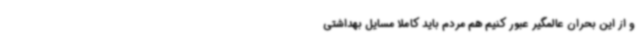
و از این بحران عالمگیر عبور کنیم هم مردم باید کاملا مسایل بهداشتی